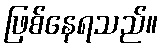
ဖြစ်နေရသည်။